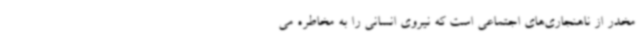
مخدر از ناهنجاری‌های اجتماعی است که نیروی انسانی را به مخاطره می‌